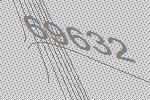
69632